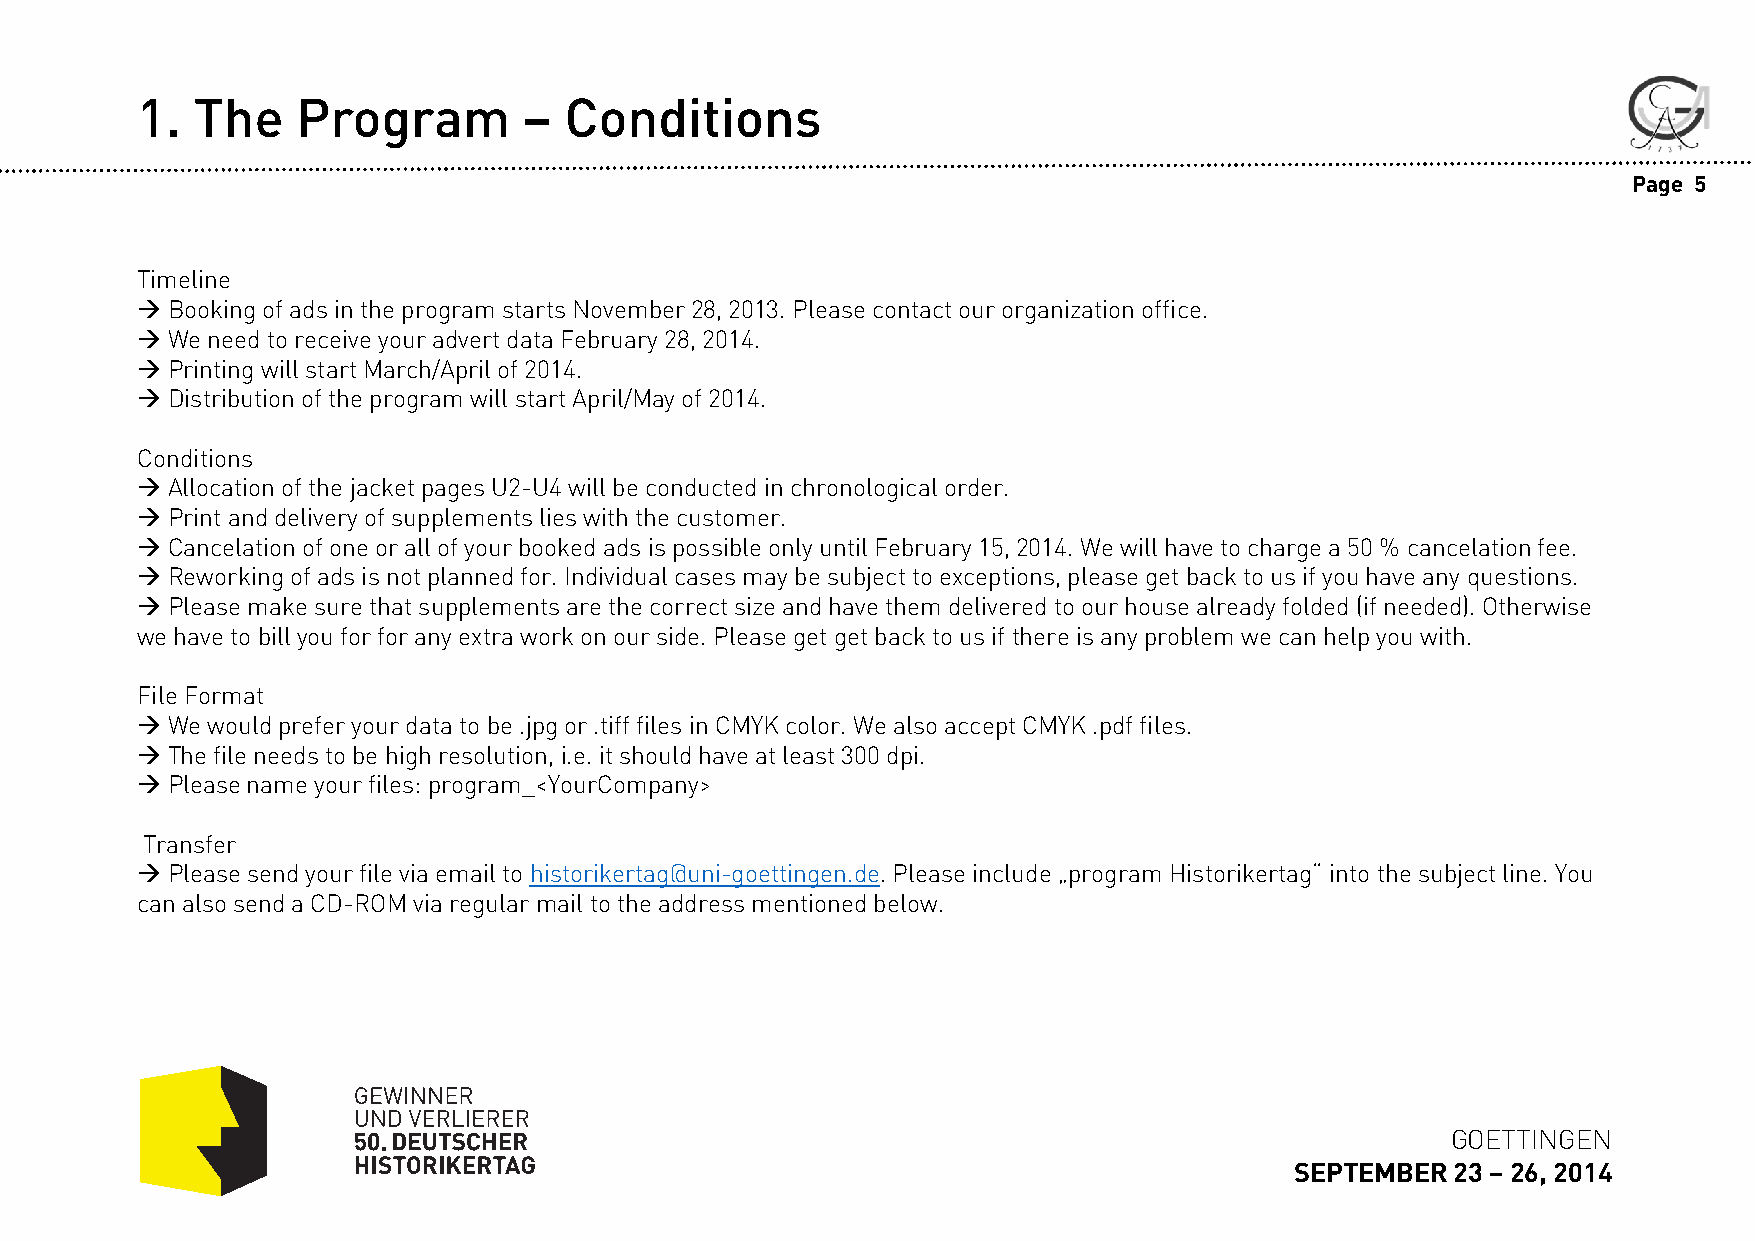
1.  The    Program        – Conditions
 Page 5
 Timeline
 Booking of ads in the program starts November 28, 2013. Please contact our organization office.
 We  need to receive your advert data February 28, 2014.
 Printing will start March/April of 2014.
 Distribution of the program will start April/May of 2014.
 Conditions
 Allocation of the jacket pages U2-U4 will be conducted in chronological order.
 Print and delivery of supplements lies with the customer.
 Cancelation of one or all of your booked ads is possible only until February 15, 2014. We will have to charge a 50 % cancelation fee.
 Reworking of ads is not planned for. Individual cases may be subject to exceptions, please get back to us if you have any questions.
 Please make sure that supplements are the correct size and have them delivered to our house already folded (if needed). Otherwise
 we have to bill you for forany extra work on our side. Please get get back to us if there is any problem we can help you with.
 File Format
 We  would prefer your data to be .jpg or .tiff files in CMYK color. We also accept CMYK .pdf files.
 The file needs to be high resolution, i.e. it should have at least 300 dpi.
 Pleasenameyourfiles: program_<YourCompany>
 Transfer
 Please send your file via email to historikertag@uni-goettingen.de. Please include „program Historikertag“ into the subject line. You
 can also send a CD-ROM via regular mail to the address mentioned below.
 GOETTINGEN
 SEPTEMBER 23 –26, 2014